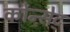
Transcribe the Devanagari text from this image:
कोन्सेट्